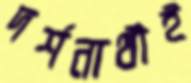
দর্শনার্থীই